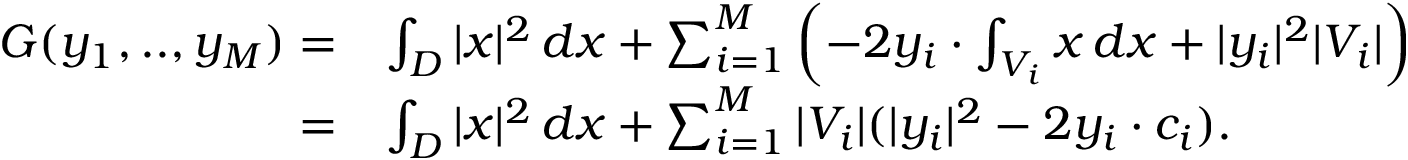
\begin{array} { r l } { G ( y _ { 1 } , . . , y _ { M } ) = } & { \int _ { D } | x | ^ { 2 } \, d x + \sum _ { i = 1 } ^ { M } \left( - 2 y _ { i } \cdot \int _ { V _ { i } } x \, d x + | y _ { i } | ^ { 2 } | V _ { i } | \right) } \\ { = } & { \int _ { D } | x | ^ { 2 } \, d x + \sum _ { i = 1 } ^ { M } | V _ { i } | ( | y _ { i } | ^ { 2 } - 2 y _ { i } \cdot c _ { i } ) . } \end{array}